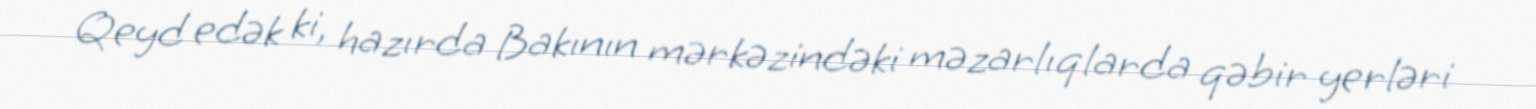
Qeyd edək ki, hazırda Bakının mərkəzindəki məzarlıqlarda qəbir yerləri